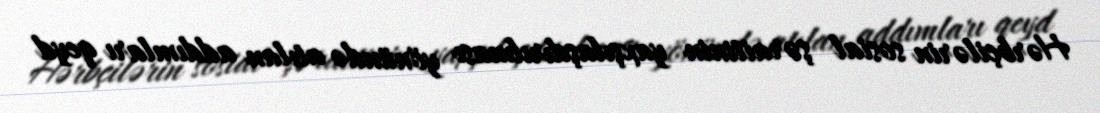
Hərbçilərin sosial şəraitinin yaxşılaşdırılması yönündə atılan addımları qeyd